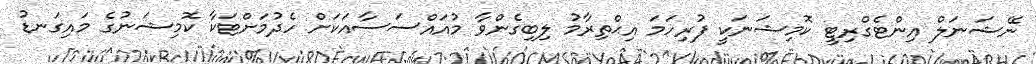
ނޭޝަނަލް އިންޓެގްރިޓީ ކޮމިޝަނަކީ ފުރިހަމަ އިޙްތިރާމު ލިބިގެންވާ މުއައްސަސާއަކަށް ހެދުމަށްޓަކާ ކޮމިޝަނުގެ މައިގަނޑު